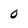
Character: 0